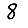
Digit: 8